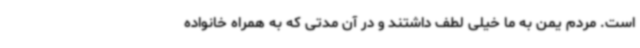
است. مردم یمن به ما خیلی لطف داشتند و در آن مدتی که به همراه خانواده